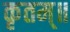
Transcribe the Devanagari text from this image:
कृतम्॥